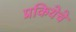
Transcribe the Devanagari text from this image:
प्रकियेचे